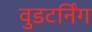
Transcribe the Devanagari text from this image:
वुडटर्निंग